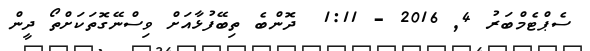
ސެޕްޓެމްބަރު 4